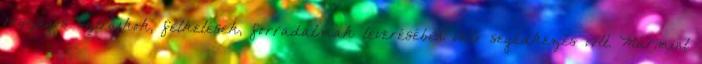
országos sztrájkok, felkelések, forradalmak leverésében való segédkezés volt. Mármint